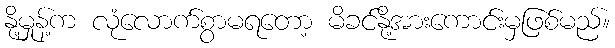
နို့မှုန့်က လုံလောက်စွာမရတော့ မိခင်နို့အားကောင်းမှဖြစ်မည်။